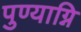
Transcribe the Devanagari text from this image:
पुण्याग्नि